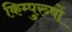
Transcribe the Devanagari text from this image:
किम्पुरुषों